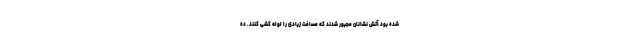
شده بود آتش نشانان مجبور شدند که مسافت زیادی را لوله کشی کنند. ده